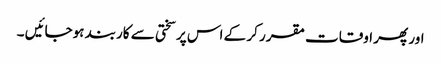
اور پھر اوقات مقرر کر کے اس پر سختی سے کاربند ہوجائیں ۔